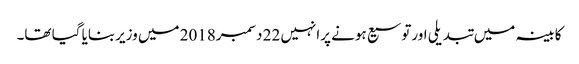
کابینہ میں تبدیلی اورتوسیع ہونے پرانہیں 22 دسمبر2018 میں وزیربنایا گیا تھا۔